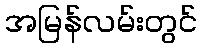
အမြန်လမ်းတွင်